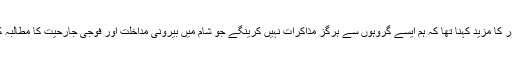
شام کے صدر کا مزید کہنا تھا کہ ہم ایسے گروہوں سے ہرگز مذاکرات نہیں کرینگے جو شام میں بیرونی مداخلت اور فوجی جارحیت کا مطالبہ کر رہے ہیں۔